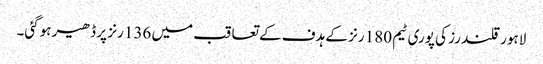
لاہور قلندرز کی پوری ٹیم 180 رنز کے ہدف کے تعاقب میں 136 رنز پر ڈھیر ہوگئی۔